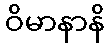
ဝိမာနာနိ